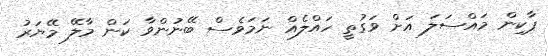
ޕާކިން މައްސަލަ އަށް ވަގުތީ ހައްލެއް ނަމަވެސް ބޭނުންވާ ކަން މާލޭ މޭޔަރު